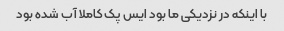
با اینکه در نزدیکی ما بود ایس پک کاملا آب شده بود